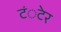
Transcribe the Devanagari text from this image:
टंेटर